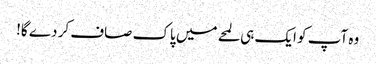
وہ آپ کو ایک ہی لمحے میں پاک صاف کر دے گا!